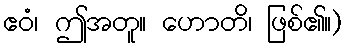
ဧဝံ၊ ဤအတူ။ ဟောတိ၊ ဖြစ်၏။)